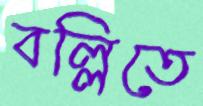
বল্লিতে